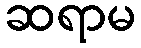
ဆရာမ